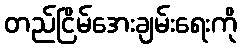
တည်ငြိမ်အေးချမ်းရေးကို